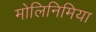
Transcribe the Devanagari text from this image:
मोलिनिमिया